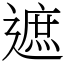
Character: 遮